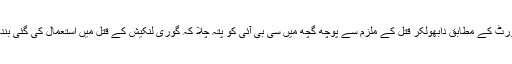
عدالت میں پیش کی گئی ریمانڈ رپورٹ کے مطابق دابھولکر قتل کے ملزم سے پوچھ گچھ میں سی بی آئی کو پتہ چلا کہ گوری لنکیش کے قتل میں استعمال کی گئی بندوق اس کو امول کالے نے دی تھی۔